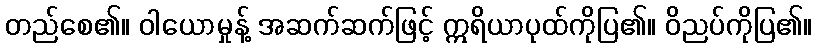
တည်စေ၏။ ဝါယောမှုန့် အဆက်ဆက်ဖြင့် ဣရိယာပုထ်ကိုပြ၏။ ဝိညပ်ကိုပြ၏။